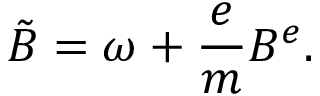
\tilde { B } = \omega + \frac { e } { m } B ^ { e } .